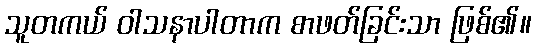
သူတကယ် ဝါသနာပါတာက စာဖတ်ခြင်းသာ ဖြစ်၏။